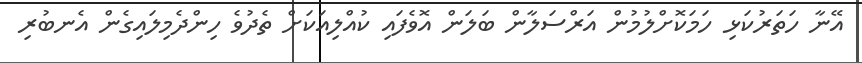
އޭނާ ހަތަރުކަޅި ހަމަކޮށްލުމުން އަރްސަލާން ބަލަން އޮވެފައި ކުއްލިއަކަށް ތެދުވެ ހިންދެމިލައިގެން އެނބުރި